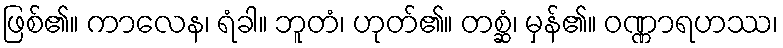
ဖြစ်၏။ ကာလေန၊ ရံခါ။ ဘူတံ၊ ဟုတ်၏။ တစ္ဆံ၊ မှန်၏။ ဝဏ္ဏာရဟဿ၊